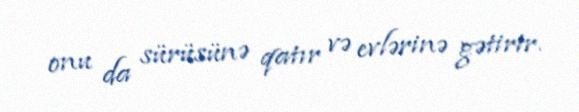
onu da sürüsünə qatır və evlərinə gətirir.